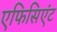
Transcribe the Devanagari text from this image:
एफिसिएंट